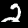
Label: 2